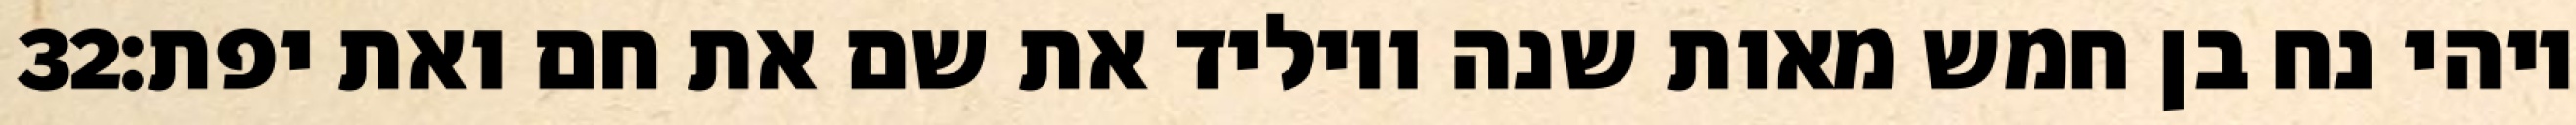
‎32‏ ויהי נח בן חמש מאות שנה ויוליד את שם את חם ואת יפת׃